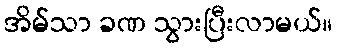
အိမ်သာ ခဏ သွားပြီးလာမယ်။